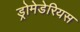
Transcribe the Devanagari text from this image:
ड्रोमेडेरियस